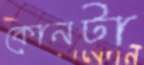
কোনটা